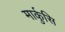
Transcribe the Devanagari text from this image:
मार्कुसि